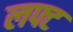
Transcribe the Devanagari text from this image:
लफ्ट